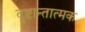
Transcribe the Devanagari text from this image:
दृष्टान्तात्मक